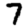
Digit: 7